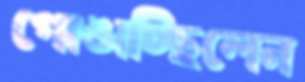
গোঙাচ্ছিলেন